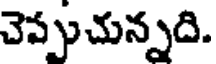
చెప్పుచున్నది.